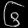
Digit: ၆